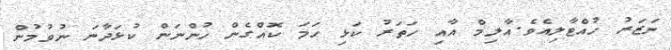
ނަޒަރު ހުއްޓާލިއެވެ.އާލިމް އާއި ހަތަރު ކަޅި ހަމަ ކޮއްގެން ހުންނަން ކުޅަދާނަ ނުވުމުން